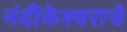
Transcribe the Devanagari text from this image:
नंदीकेश्वराचे